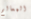
المعالم